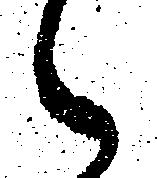
々